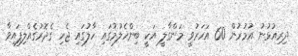
ދިރިއުޅުނު އުމުރުން 60 އަހަރުވީ މަންގާލީ އަކީ ބިންހެލުމުގައި ހާލުގައި ޖެހި ގެދޮރުގެއްލިފައިވާ